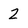
Character: 2